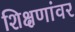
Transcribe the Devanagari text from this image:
शिक्षणांवर